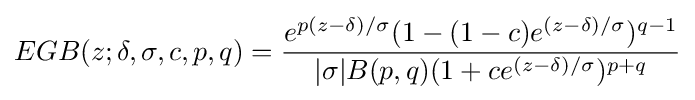
EGB(z;\delta ,\sigma ,c,p,q)={\frac {e^{p(z-\delta )/\sigma }(1-(1-c)e^{(z-\delta )/\sigma })^{q-1}}{|\sigma |B(p,q)(1+ce^{(z-\delta )/\sigma })^{p+q}}}